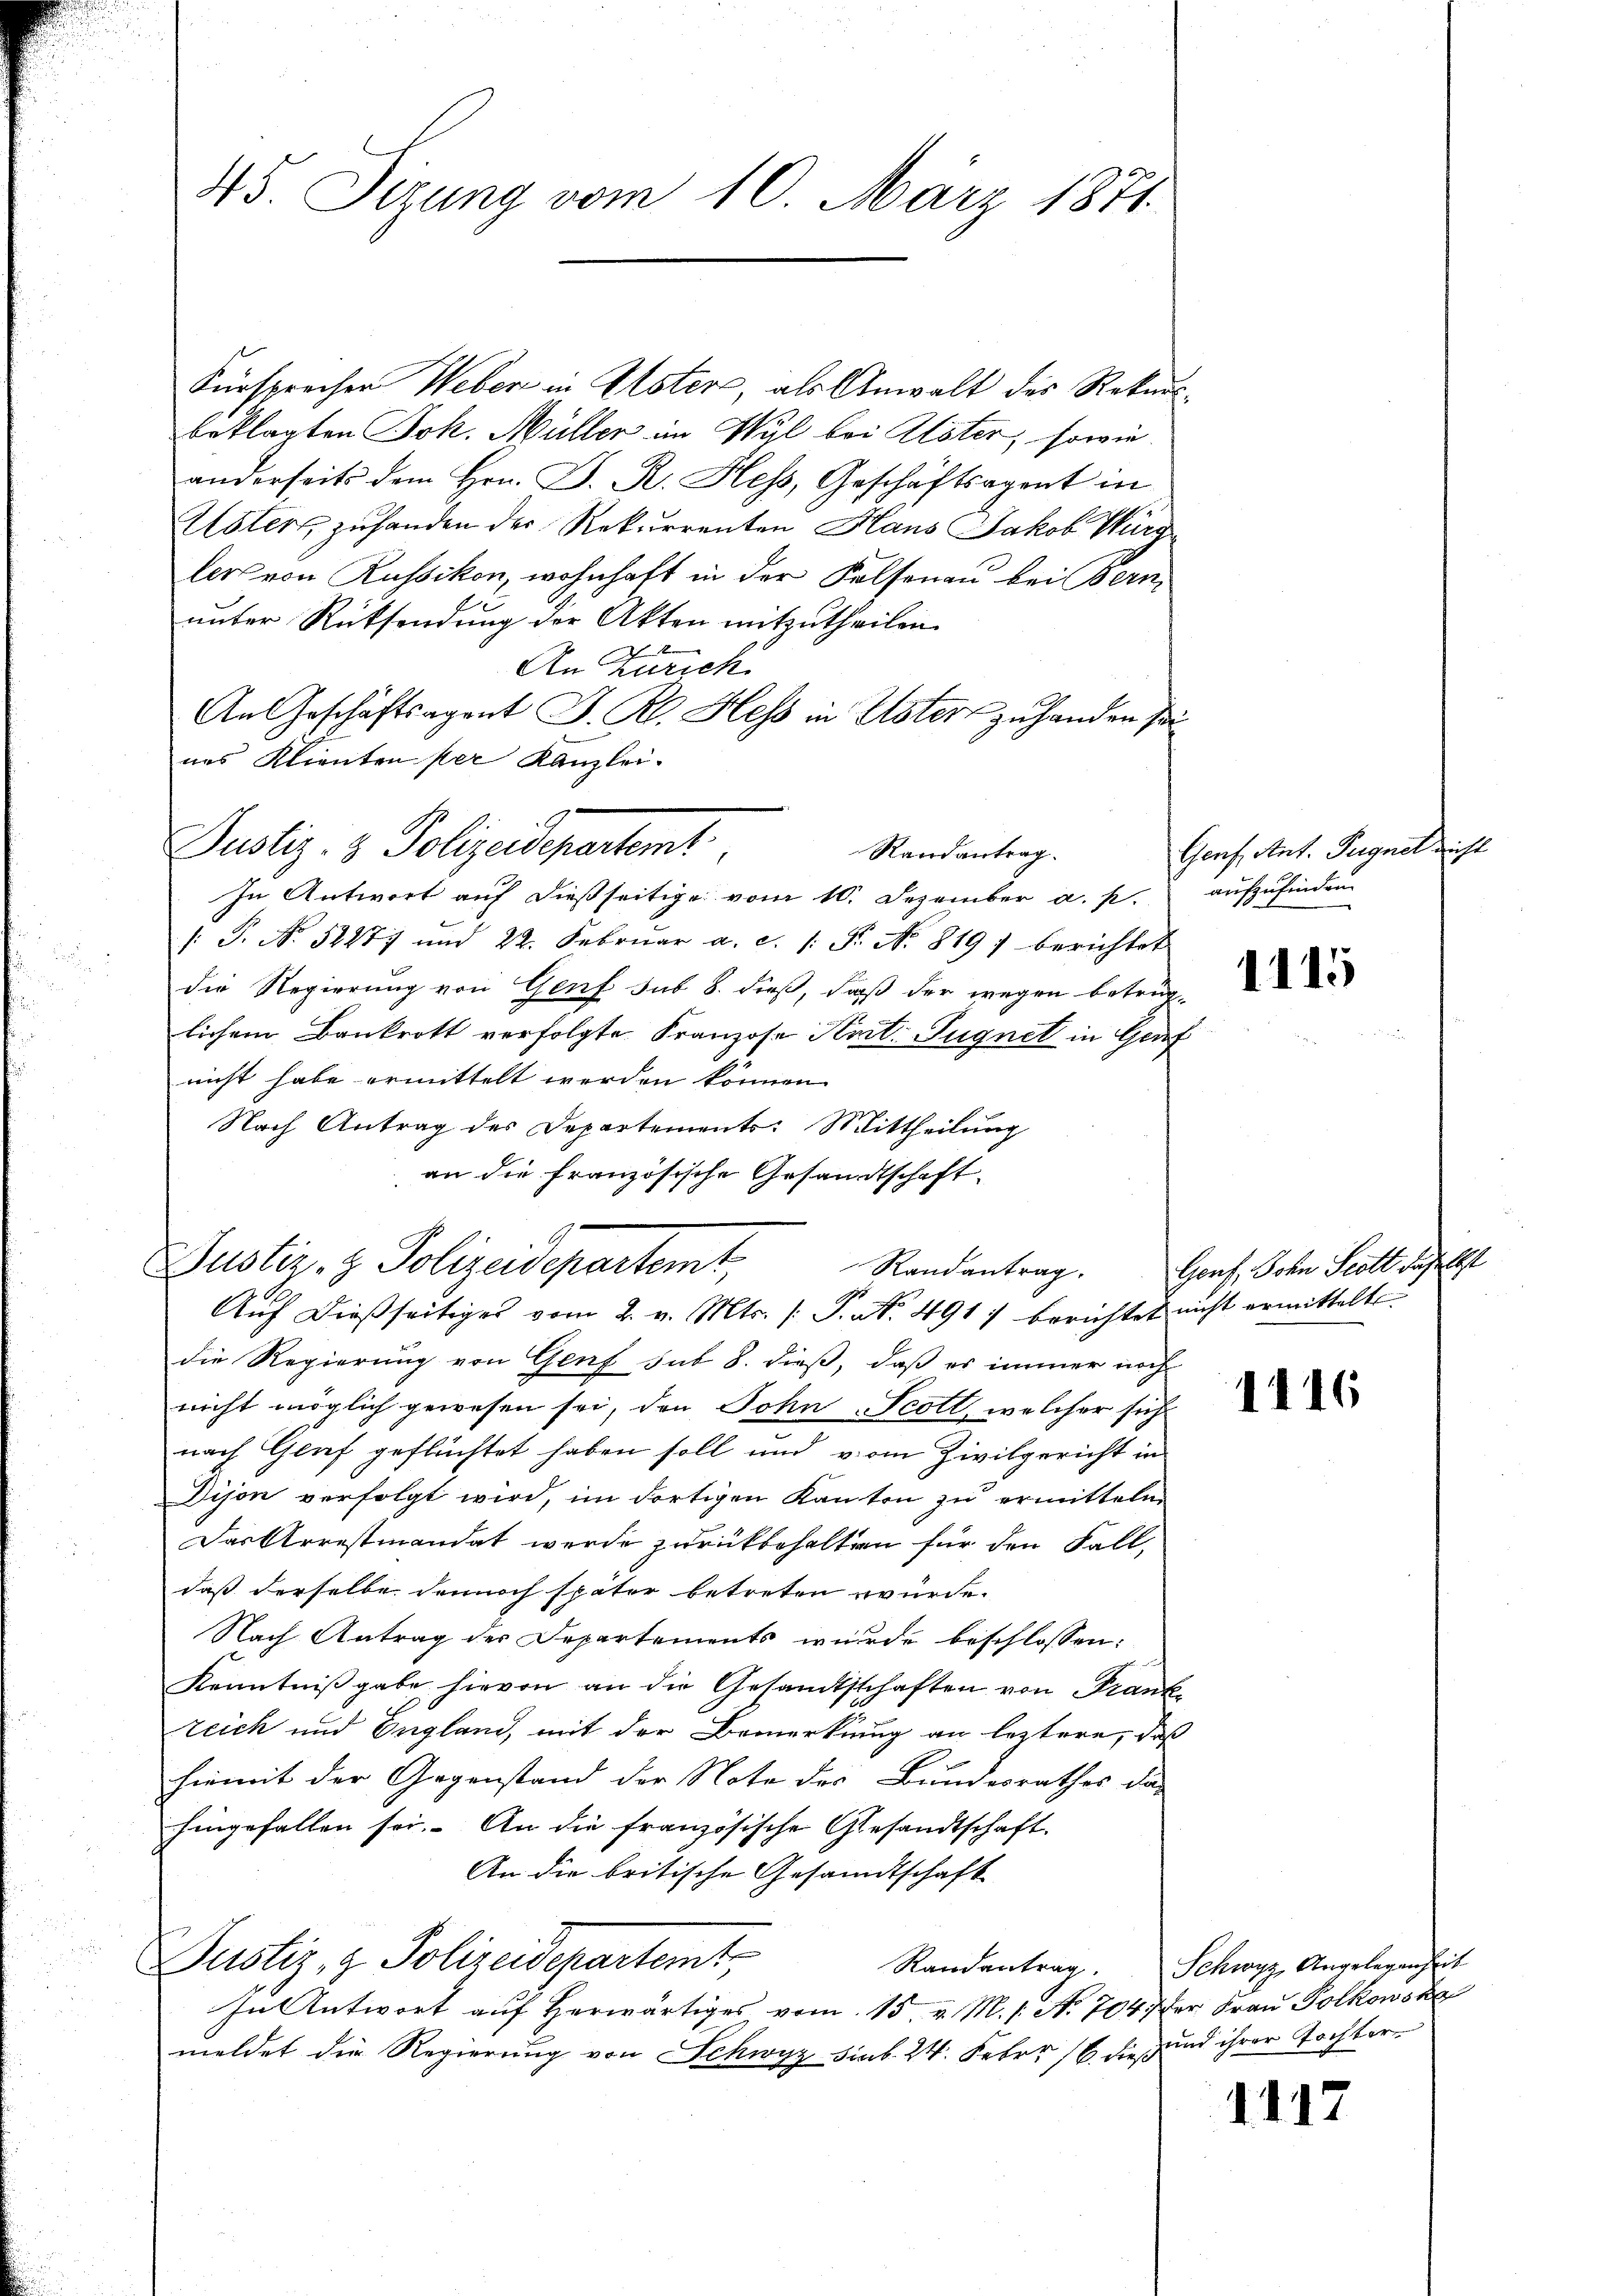
45. Sizung vom 10. März 1871.

Fürsprechen Weber in Uster, als Anwalt des Rekursbeklagten Joh. Müller in Wyl bei Alöter, sowie
anderseits dem Hrn. P. R. Hess, Geschäftsagent in
Usters zuhanden der Rekurrenten Haus Jakob Burg
lers von Russikon, wohnhaft in der Kalsenau bei Bern
unter Rücksendung der Akten mitzutheilen.
An Zürich
An Geschäftsagent J. R. Hess in Esters zu handen seines Klienten per Kanzlei.
In Antwort auf dießseitige vom 10. Dezember a. p. aufzufinden
/: P. Nr. 52277 und 22. Febrŭar a. c. s. S. Nr. 819. berichtet
die Regierung von Genf sub 8. dieß, daß der wegen betrüglichem Bankrott verfolgte Franzose Art. Sugnet in Genf
nicht habe ermittelt werden können.
Nach Antrag des Departements: Mittheilung
an die französische Gesandtschaft.
Justiz- & Polizeidepartemt,
Randantrag.
Aŭf dießseitiges vom 2. v. Mts. /: P. Nr. 491) berichtet nicht ermittelt
die Regierung von Genf sub 8. dieß, daß es immer noch
nicht möglich gewesen sei, den John- Scott, welcher sich
nach Genf geflüchtet haben soll und vom Zivilgericht in
Dison verfolgt wird, im dortigen Kanton zu ermitteln
Das Arrestmandat werde zurückbehalten für den Fall,
daß derselbe dennoch später betreten würde.
Nach Antrag des Departements wurde beschlossen:
Kenntniβgabe hievon an die Gesandtschaften von Frank
Zeich und England, mit der Bemerkung an letztere, daß
hiemit der Gegenstand der Note des Bundesrathes da-
hingefallen sei. An die französische Gesandtschaft
An die britische Gesandtschaft
Dustiz, z. Polizeidepartemt,
In Antwort auf herwärtiges vom 15. v. M. s. No. 704 der Frau Polkowsk
meldet die Regierung von Schwyz sub. 24. Feber 18 dieß und ihrer Tochter¬

Justiz- & Polizeidepartemt.

Randantrag.

Genf, Ant. Tugnet sich

1115

Gorf, John Scott daselbst

1116

Randantrag. Schwyz, Angelegenheit

4.

12